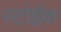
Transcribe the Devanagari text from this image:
स्टोईक